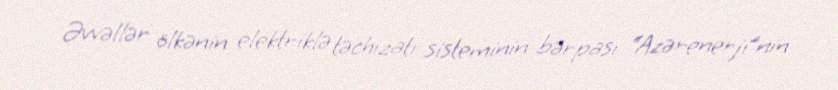
Əvvəllər ölkənin elektriklə təchizatı sisteminin bərpası “Azərenerji”nin